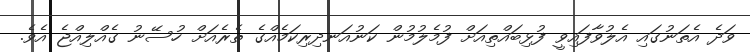
ވަދެ އެތަނުގައި އެލުވާފައިވީ ފުޅިބައްތިއަށް ފުމެލުމުން ކަނުއަނދިރިކަމެއްގެ ތެރެއަށް ހުސޭނު ގެއްލިއްޖެ އެވެ.